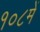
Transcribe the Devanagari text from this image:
१०८में